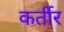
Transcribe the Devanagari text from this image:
कर्तीर